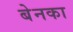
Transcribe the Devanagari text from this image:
बेनका